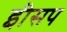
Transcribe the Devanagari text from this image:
इीसप